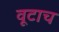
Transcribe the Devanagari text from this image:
वूटाच